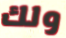
ولك